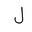
Letter: _lam